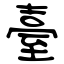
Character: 臺